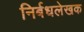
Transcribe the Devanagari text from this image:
निर्बधलेखक